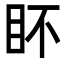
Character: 𭾟